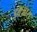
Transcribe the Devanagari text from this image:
इक्ज़ारा